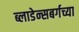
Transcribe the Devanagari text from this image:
ब्लाडेन्सबर्गच्या